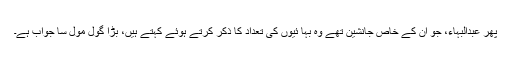
پھر عبدالبہاء، جو ان کے خاص جانشین تھے وہ بہا ئیوں کی تعداد کا ذکر کرتے ہوئے کہتے ہیں، بڑا گول مول سا جواب ہے۔